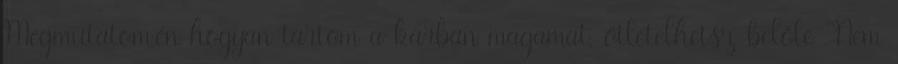
Megmutatom,én hogyan tartom a karban magamat, ötletelhetsz belőle ”Nem